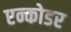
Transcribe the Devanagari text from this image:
एन्कोडर